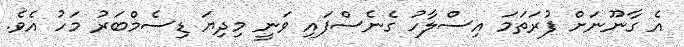
އެ ގާނޫނަށް ފުރަތަމަ އިސްލާހު ގެނެސްފައި ވަނީ މިދިޔަ ޑިސެމްބަރު މަހު އެވެ.